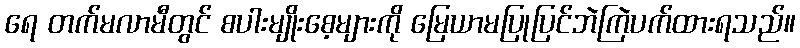
ရေ တက်မလာမီတွင် စပါးမျိုးစေ့များကို မြေယာမပြုပြင်ဘဲကြဲပက်ထားရသည်။